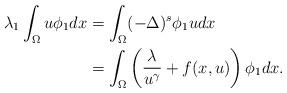
LaTeX: \begin{align*}\lambda_1\int_{\Omega}u\phi_1dx&=\int_{\Omega}(-\Delta)^s\phi_1 u dx\\&=\int_{\Omega}\left(\frac{\lambda}{u^{\gamma}}+f(x, u)\right)\phi_1dx.\end{align*}